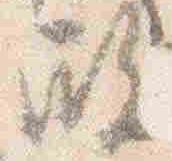
殿